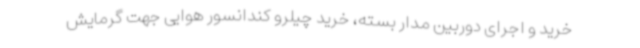
خرید و اجرای دوربین مدار بسته، خرید چیلرو کندانسور هوایی جهت گرمایش